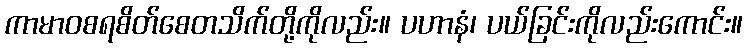
ကာမာဝစရစိတ်စေတသိက်တို့ကိုလည်း။ ပဟာနံ၊ ပယ်ခြင်းကိုလည်းကောင်း။